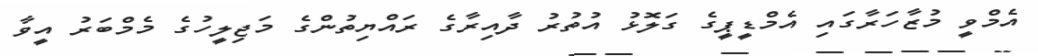
އެމްވީ މުޒާހަރާގައި އެމްޑީޕީގެ ގަލޮޅު އުތުރު ދާއިރާގެ ރައްޔިތުންގެ މަޖިލީހުގެ މެމްބަރު އީވާ